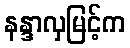
နန္ဒာလှမြင့်က